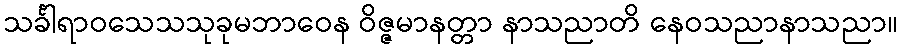
သင်္ခါရာဝသေသသုခုမဘာဝေန ဝိဇ္ဇမာနတ္တာ နာသညာတိ နေဝသညာနာသညာ။